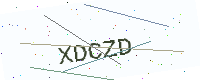
Text: XDCZD